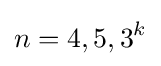
n=4,5,3^{k}